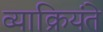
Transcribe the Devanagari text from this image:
व्याक्रियंते